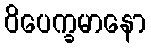
ဝိပေက္ခမာနော